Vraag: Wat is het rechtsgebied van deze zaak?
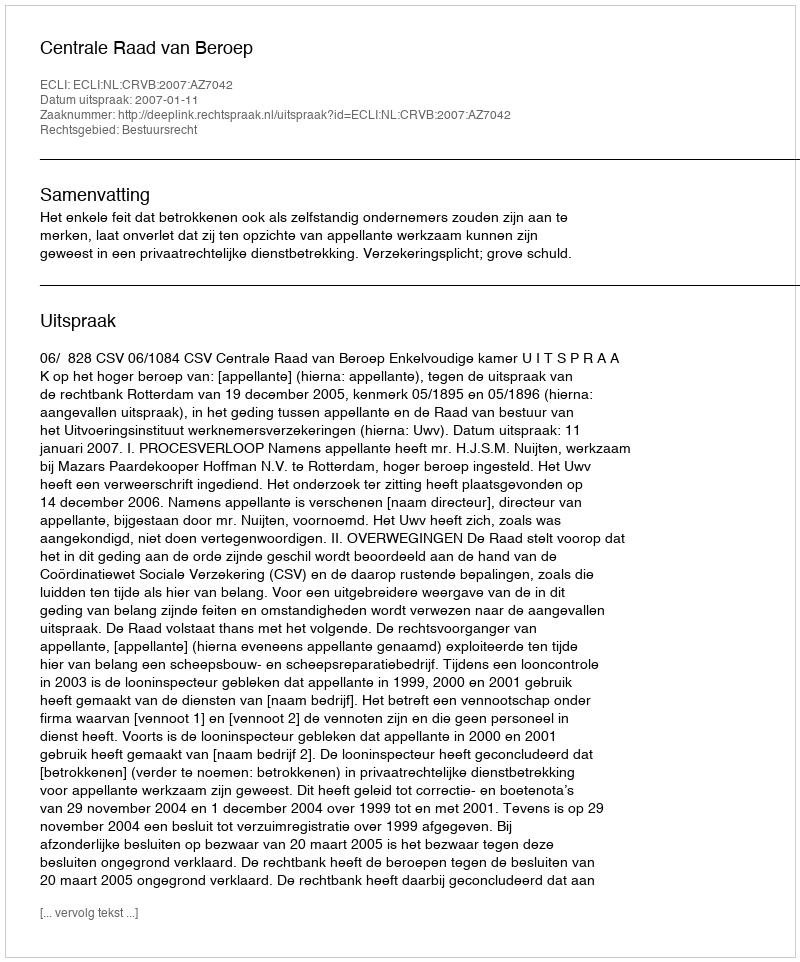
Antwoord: Bestuursrecht